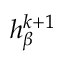
h _ { \beta } ^ { k + 1 }